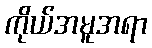
ကိုယ်အမူအရာ